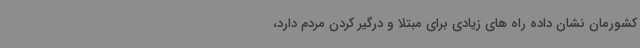
کشورمان نشان داده راه های زیادی برای مبتلا و درگیر کردن مردم دارد،